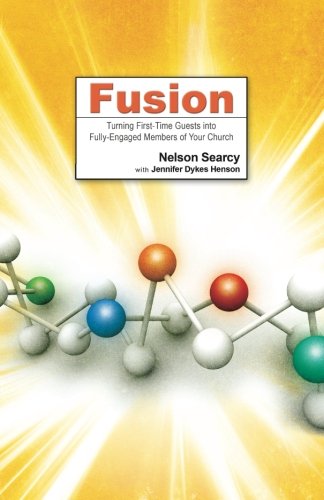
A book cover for Fusion: Turning First-Time Guests into Fully-Engaged Members of Your Church; Nelson Searcy; Christian Books & Bibles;